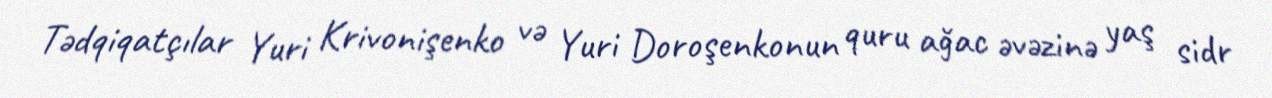
Tədqiqatçılar Yuri Krivonişenko və Yuri Doroşenkonun quru ağac əvəzinə yaş sidr